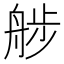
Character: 䑰